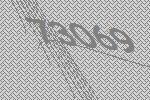
73069